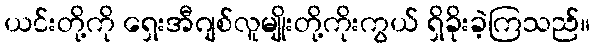
ယင်းတို့ကို ရှေးအီဂျစ်လူမျိုးတို့ကိုးကွယ် ရှိခိုးခဲ့ကြသည်။